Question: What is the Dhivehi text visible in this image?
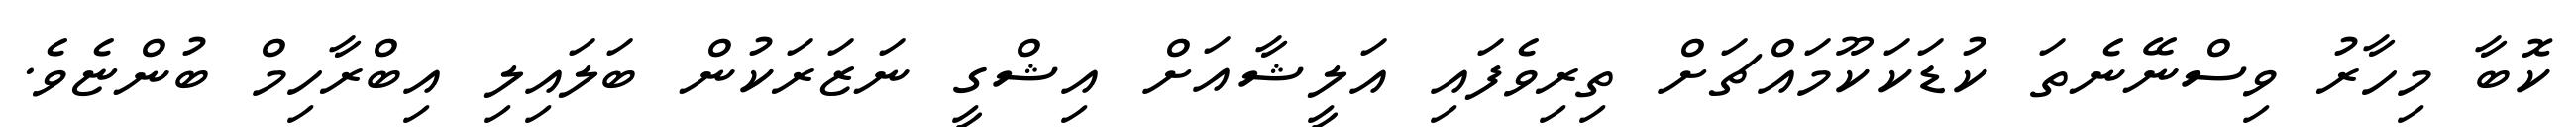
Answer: ކޮބާ މިހާރު ވިސްނޭނެތަ ކުޑަކަކޫމައްޗަށް ތިރިވެފައި އަލީޝާއަށް އިޝްގީ ނަޒަރަކުން ބަލައިލި އިބްރާހިމް ބުންޏެވެ.